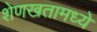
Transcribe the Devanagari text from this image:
शेणखतामध्ये